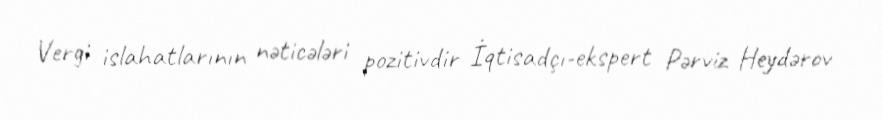
Vergi islahatlarının nəticələri pozitivdir İqtisadçı-ekspert Pərviz Heydərov